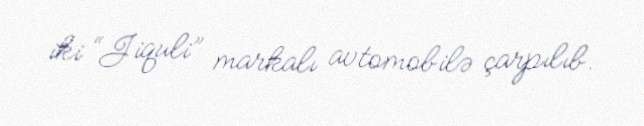
iki “Jiquli” markalı avtomobilə çarpılıb.